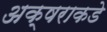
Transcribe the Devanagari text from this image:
अक्षराकडे